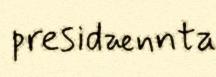
presidænnta